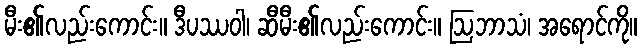
မီး၏လည်းကောင်း။ ဒီပဿဝါ၊ ဆီမီး၏လည်းကောင်း။ ဩဘာသံ၊ အရောင်ကို။